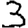
Digit: 3